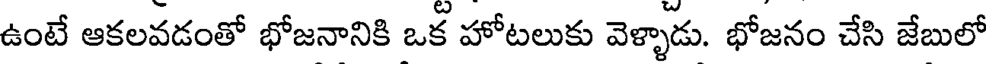
ఉంటే ఆకలవడంతో భోజనానికి ఒక హోటలుకు వెళ్ళాడు. భోజనం చేసి జేబులో